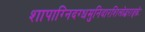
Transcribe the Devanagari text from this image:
शापाग्निदग्धमुनिदारशिलोद्धराङ्घ्रेः